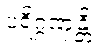
ပရိဂ္ဂဏှန္တိ